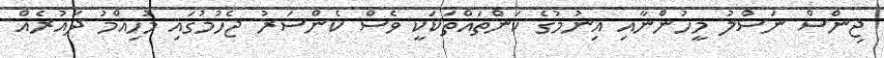
ޖިންސް ނަސްލު މީހުންނާއި އިނުމުގެ ކަންތައްތަކަކީ ވެސް ކެންސަރު ޖެހުމުގައި މުހިއްމު ދައުރެއް